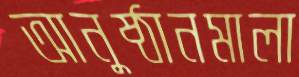
আনুষ্ঠানমালা